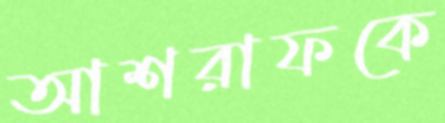
আশরাফকে